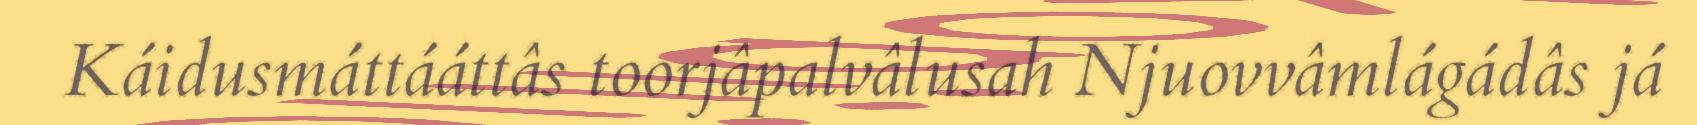
Káidusmáttááttâs toorjâpalvâlusah Njuovvâmlágádâs já